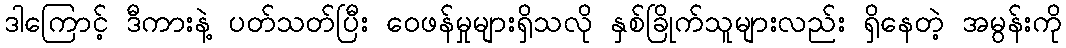
ဒါကြောင့် ဒီကားနဲ့ ပတ်သတ်ပြီး ဝေဖန်မှုများရှိသလို နှစ်ခြိုက်သူများလည်း ရှိနေတဲ့ အမွန်းကို